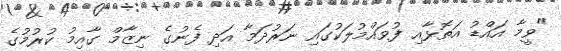
"ވީމާ އައްޑު އަތޮޅާއި ފުވައްމުލަކުގައި ނަރުދަމާ އަދި ފެނުގެ ނިޒާމް ގާއިމު ކުރުމުގެ